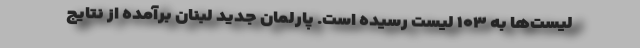
لیست‌ها به ۱۰۳ لیست رسیده است. پارلمانِ جدیدِ لبنان برآمده از نتایج